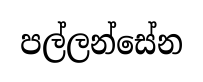
පල්ලන්සේන